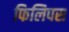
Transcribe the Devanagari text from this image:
फिलिपस